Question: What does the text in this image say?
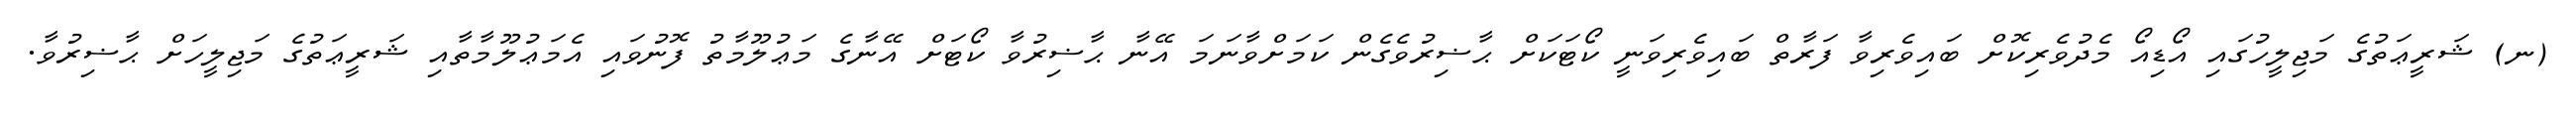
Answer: (ނ) ޝަރީޢަތުގެ މަޖިލީހުގައި އޯޑިއޯ މެދުވެރިކޮށް ބައިވެރިވާ ފަރާތް ބައިވެރިވަނީ ކޯޓަކަށް ޙާޟިރުވެގެން ކަމަށްވާނަމަ އޭނާ ޙާޟިރުވާ ކޯޓަށް އޭނާގެ މަޢުލޫމާތު ފޮނުވައި އެމަޢުލޫމާތާއި ޝަރީޢަތުގެ މަޖިލީހަށް ޙާޟިރުވާ.